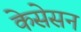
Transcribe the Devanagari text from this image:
केसेसन